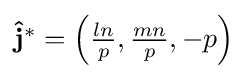
{\textstyle \mathbf {{\hat {j}}^{*}} =\left({\frac {ln}{p}},{\frac {mn}{p}},-p\right)}